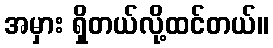
အမှား ရှိတယ်လို့ထင်တယ်။